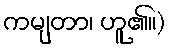
ကမျတာ၊ ဟူ၏။)